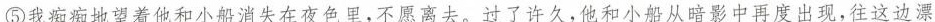
⑤我痴痴地望着他和小船消失在夜色里，不愿离去。过了许久，他和小船从暗影中再度出现，往这边漂